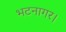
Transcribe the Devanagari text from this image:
भटनागर।